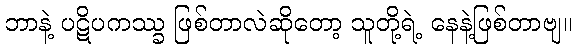
ဘာနဲ့ ပဋိပကဿ္ခ ဖြစ်တာလဲဆိုတော့ သူတို့ရဲ့ နေနဲ့ဖြစ်တာဗျ။